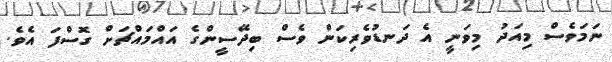
ނަމަވެސް މިއަދު މިވަނީ އެ ދަނޑުވެރިކަން ވެސް ބިދޭސީންގެ އައްމައްޗަށް ގޮސްފަ އެވެ.